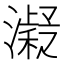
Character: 𱩨